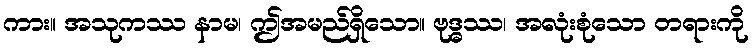
ကား။ အသုကဿ နာမ၊ ဤအမည်ရှိသော။ ဗုဒ္ဓဿ၊ အလုံးစုံသော တရားကို